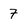
Character: 7